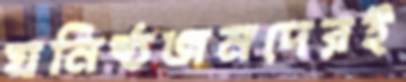
ঘনিষ্ঠজনদেরই